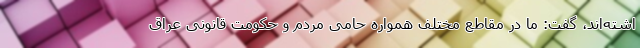
اشته‌اند، گفت: ما در مقاطع مختلف همواره حامی مردم و حکومت قانونی عراق